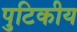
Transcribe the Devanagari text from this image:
पुटिकीय